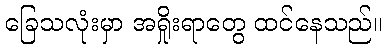
ခြေသလုံးမှာ အရှိုးရာတွေ ထင်နေသည်။